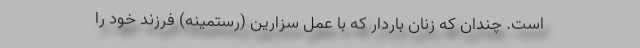
است. چندان که زنان باردار که با عمل سزارین (رستمینه) فرزند خود را